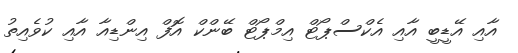
އާއި އޭޑީބީ އާއި އެކްސްޕޯޓް އިމްޕޯޓް ބޭންކް އޮފް އިންޑިއާ އާއި ކުވެއިތު